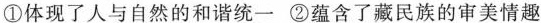
①体现了人与自然的和谐统一 ②蕴含了藏民族的审美情趣